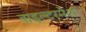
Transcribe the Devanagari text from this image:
वाइल्टरनेश